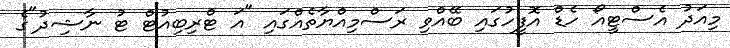
މިއަދު އެސްޓީއޯ ހެޑް އޮފީހުގައި ބޭއްވި ރަސްމިއްޔާތެއްގައި "އަ ޓްރިބިއުޓް ޓު ނާޝިދު"ގެ